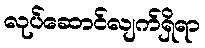
လုပ်ဆောင်လျက်ရှိရာ